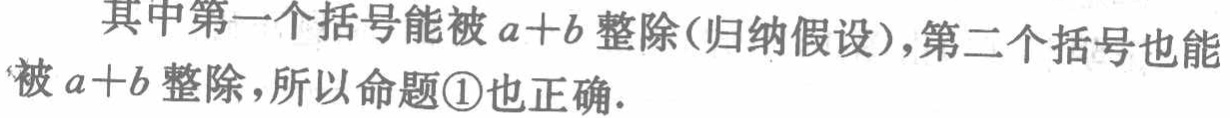
其中第一个括号能被\(a + b\)整除(归纳假设)，第二个括号也能被\(a + b\)整除，所以命题\textcircled{1}也正确.